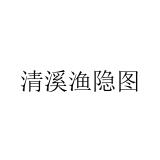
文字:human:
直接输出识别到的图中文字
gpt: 清溪渔隐图